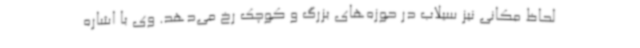
لحاظ مکانی نیز سیلاب در حوزه‌های بزرگ و کوچک رخ می‌دهد. وی با اشاره